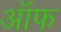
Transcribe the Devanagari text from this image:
ऑफ